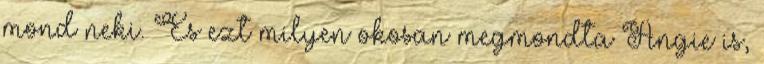
mond neki. És ezt milyen okosan megmondta Angie is,